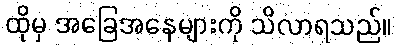
ထိုမှ အခြေအနေများကို သိလာရသည်။